Indian Civil Veterinary Department memoirs
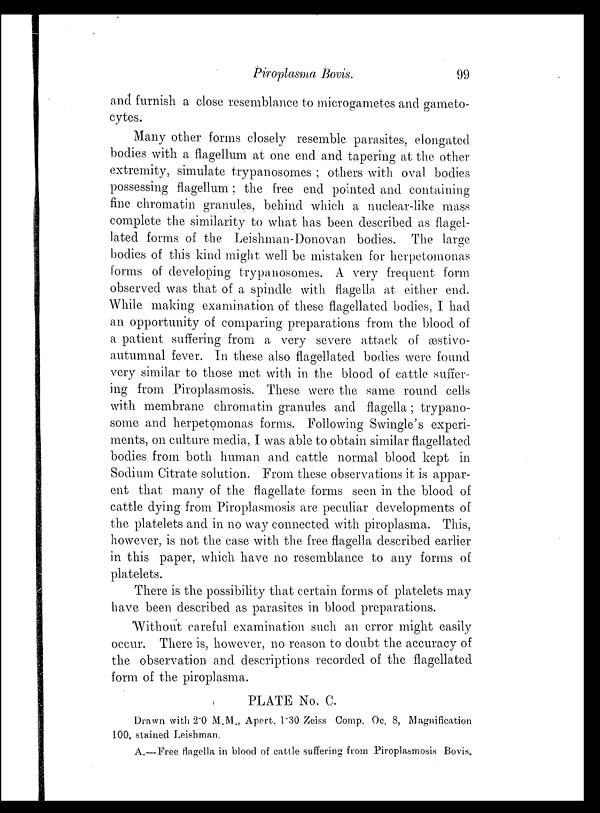
Piroplasma Bovis.
99
and furnish a close resemblance to microgametes and gameto-
cytes.
Many other forms closely resemble parasites, elongated
bodies with a flagellum at one end and tapering at the other
extremity, simulate trypanosomes; others with oval bodies
possessing flagellum; the free end pointed and containing
fine chromatin granules, behind which a nuclear-like mass
complete the similarity to what has been described as flagel-
lated forms of the Leishman-Donovan bodies. The large
bodies of this kind might well be mistaken for herpetomonas
forms of developing trypanosomes. A very frequent form
observed was that of a spindle with flagella at either end.
While making examination of these flagellated bodies, I had
an opportunity of comparing preparations from the blood of
a patient suffering from a very severe attack of æstivo¬
autumnal fever. In these also flagellated bodies were found
very similar to those met with in the blood of cattle suffer-
ing from Piroplasmosis. These were the same round cells
with membrane chromatin granules and flagella; trypano-
some and herpetomonas forms. Following Swingle's experi-
ments, on culture media, I was able to obtain similar flagellated
bodies from both human and cattle normal blood kept in
Sodium Citrate solution. From these observations it is appar-
ent that many of the flagellate forms seen in the blood of
cattle dying from Piroplasmosis are peculiar developments of
the platelets and in no way connected with piroplasma. This,
however, is not the case with the free flagella described earlier
in this paper, which have no resemblance to any forms of
platelets.
There is the possibility that certain forms of platelets may
have been described as parasites in blood preparations.
Without careful examination such an error might easily
occur. There is, however, no reason to doubt the accuracy of
the observation and descriptions recorded of the flagellated
form of the piroplasma.
PLATE No. C.
Drawn with 2.0 M.M., Apert. 1.30 Zeiss Comp. Oc. 8, Magnification
100, stained Leishman.
A.—Free flagella in blood of cattle suffering from Piroplasmosis Bovis.